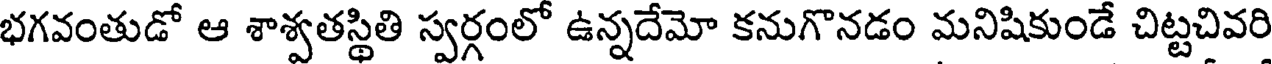
భగవంతుడో ఆ శాశ్వతస్థితి స్వర్గంలో ఉన్నదేమో కనుగొనడం మనిషికుండే చిట్టచివరి